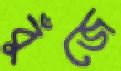
বুঁজে